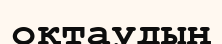
оқтаудың